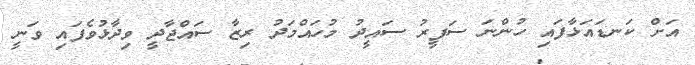
އަށް ކަނޑައަޅާފައި ހުންނަ ސަފީރު ސައީދު މުހައްމަދު ރިޒާ ސައްޖާދީ ވިދާޅުވެފައި ވަނީ